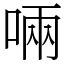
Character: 啢